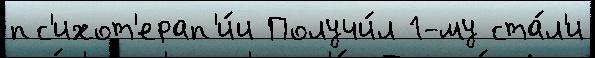
пс'ихот'ерап'и́и Получи́л 1-му ста́л'и